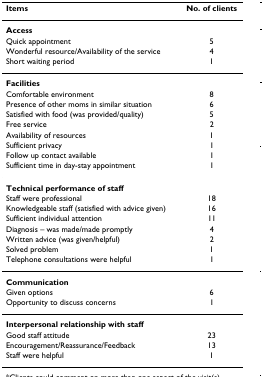
| Items | No. of clients |
 | --- | --- |
 | Access |  |
 | Quick appointment | 5 |
 | Wonderful resource/Availability of the service | 4 |
 | Short waiting period | 1 |
 | Facilities |  |
 | Comfortable environment | 8 |
 | Presence of other moms in similar situation | 6 |
 | Satisfied with food (was provided/quality) | 5 |
 | Free service | 2 |
 | Availability of resources | 1 |
 | Sufficient privacy | 1 |
 | Follow up contact available | 1 |
 | Sufficient time in day-stay appointment | 1 |
 | Technical performance of staff |  |
 | Staff were professional | 18 |
 | Knowledgeable staff (satisfied with advice given) | 16 |
 | Sufficient individual attention | 11 |
 | Diagnosis – was made/made promptly | 4 |
 | Written advice (was given/helpful) | 2 |
 | Solved problem | 1 |
 | Telephone consultations were helpful | 1 |
 | Communication |  |
 | Given options | 6 |
 | Opportunity to discuss concerns | 1 |
 | Interpersonal relationship with staff |  |
 | Good staff attitude | 23 |
 | Encouragement/Reassurance/Feedback | 13 |
 | Staff were helpful | 1 |